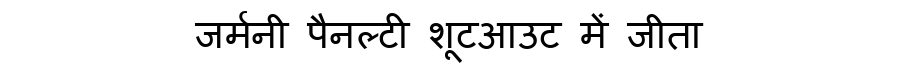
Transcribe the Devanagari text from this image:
जर्मनी पैनल्टी शूटआउट में जीता